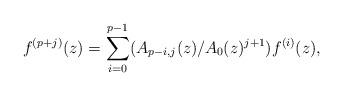
LaTeX: \begin{align*}f^{(p+j)}(z) = \sum_{i=0}^{p-1} (A_{p-i,j}(z)/A_0(z)^{j+1}) f^{(i)}(z),\end{align*}